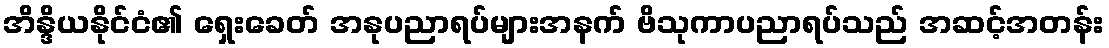
အိန္ဒိယနိုင်ငံ၏ ရှေးခေတ် အနုပညာရပ်များအနက် ဗိသုကာပညာရပ်သည် အဆင့်အတန်း